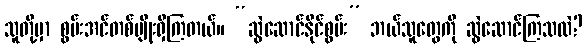
သူတို့မှာ စွမ်းအင်တစ်မျိုးရှိကြတယ်။ “ဆွဲဆောင်နိုင်စွမ်း” ဘယ်သူတွေကို ဆွဲဆောင်ကြသလဲ?